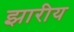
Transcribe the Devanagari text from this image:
झारीय